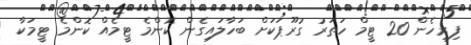
ފިރިހެން 20 ޓީމް ހަތަރު ގުރޫޕަކަށް ބަހާލައިގެން ކޮންމެ ޓީމެއް ކޮންމެ ޓީމަކާ